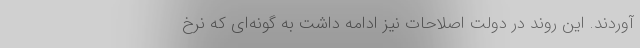
آوردند. این روند در دولت اصلاحات نیز ادامه داشت به گونه‌ای که نرخ